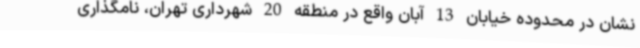
نشان در محدوده خیابان 13 آبان واقع در منطقه 20 شهرداری تهران، نامگذاری